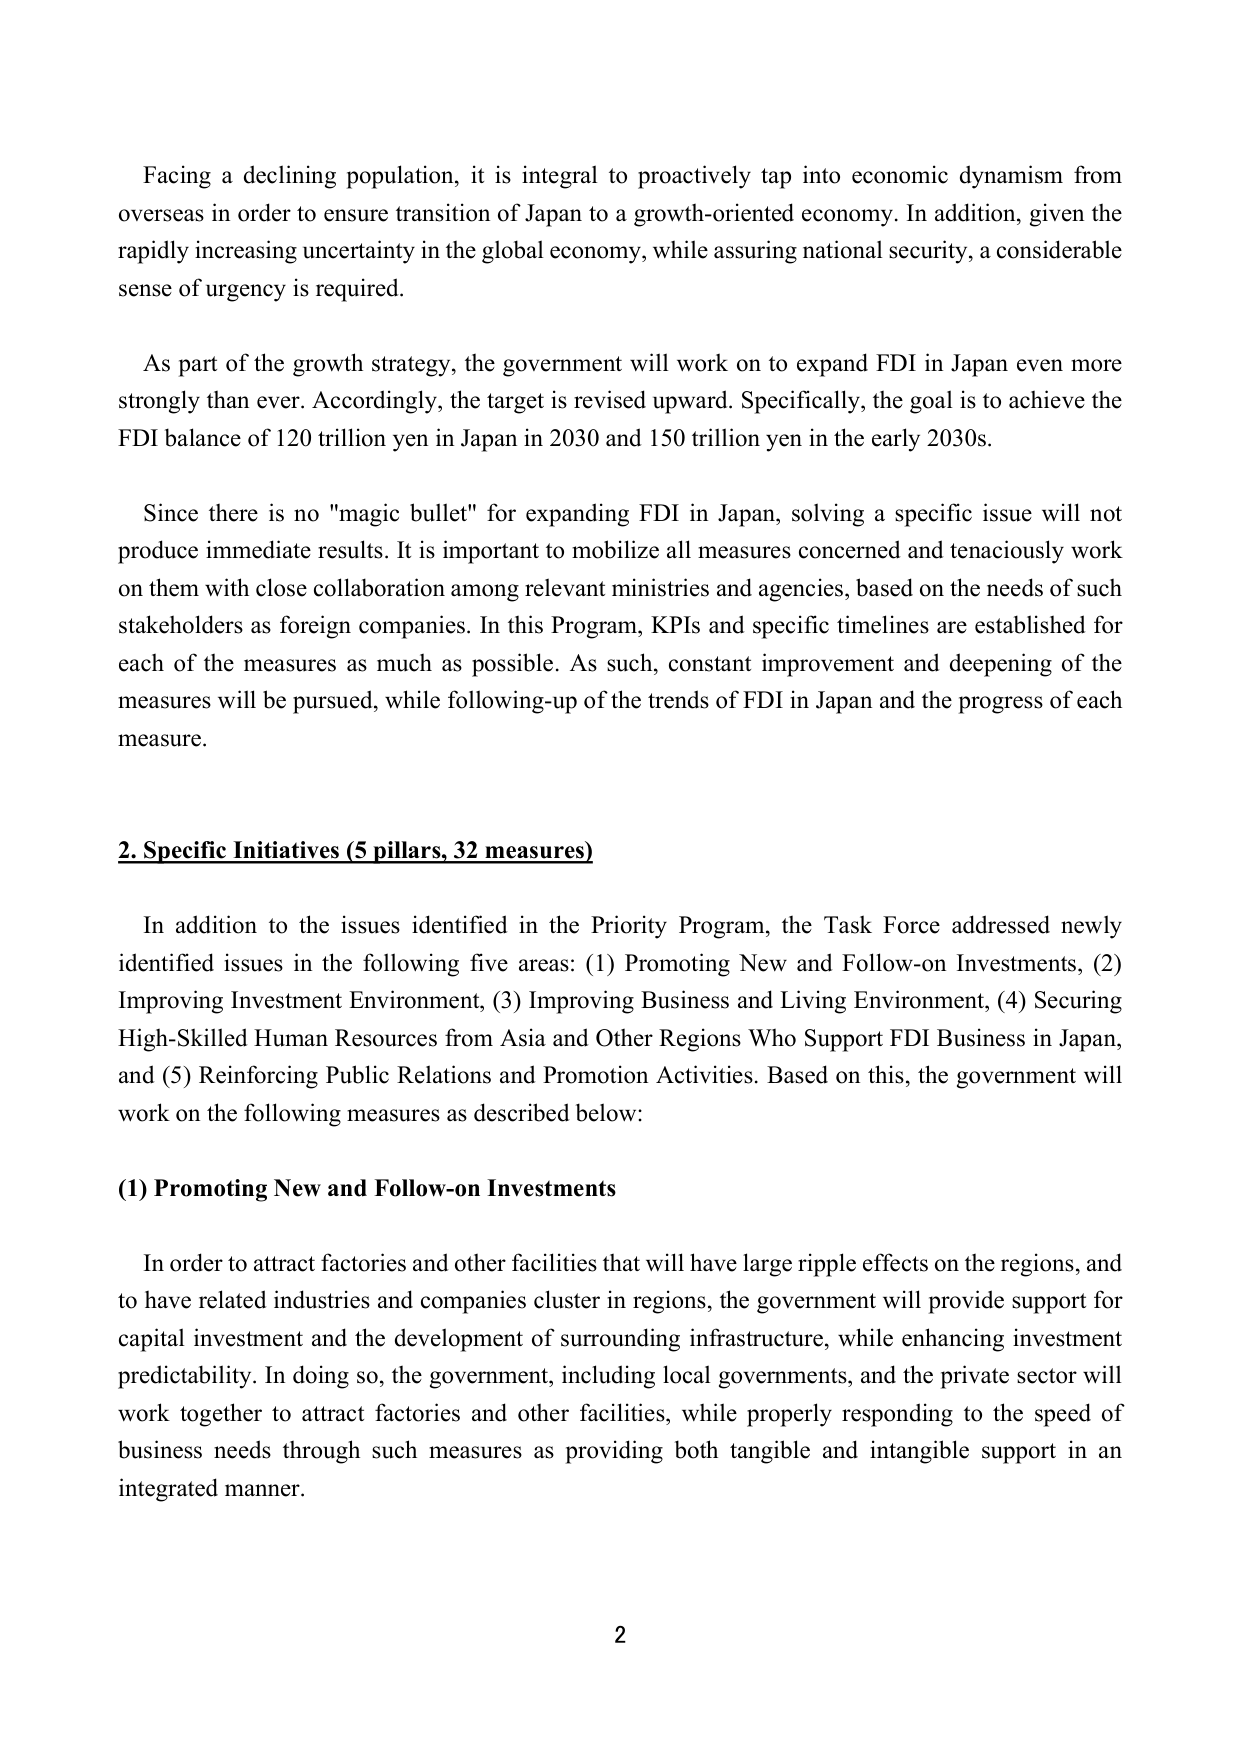
Facing a declining population, it is integral to proactively tap into economic dynamism from overseas in order to ensure transition of Japan to a growth-oriented economy. In addition, given the rapidly increasing uncertainty in the global economy, while assuring national security, a considerable sense of urgency is required.

As part of the growth strategy, the government will work on to expand FDI in Japan even more strongly than ever. Accordingly, the target is revised upward. Specifically, the goal is to achieve the FDI balance of 120 trillion yen in Japan in 2030 and 150 trillion yen in the early 2030s.

Since there is no "magic bullet" for expanding FDI in Japan, solving a specific issue will not produce immediate results. It is important to mobilize all measures concerned and tenaciously work on them with close collaboration among relevant ministries and agencies, based on the needs of such stakeholders as foreign companies. In this Program, KPIs and specific timelines are established for each of the measures as much as possible. As such, constant improvement and deepening of the measures will be pursued, while following-up of the trends of FDI in Japan and the progress of each measure.

2. Specific Initiatives (5 pillars, 32 measures)

In addition to the issues identified in the Priority Program, the Task Force addressed newly identified issues in the following five areas: (1) Promoting New and Follow-on Investments, (2) Improving Investment Environment, (3) Improving Business and Living Environment, (4) Securing High-Skilled Human Resources from Asia and Other Regions Who Support FDI Business in Japan, and (5) Reinforcing Public Relations and Promotion Activities. Based on this, the government will work on the following measures as described below:

(1) Promoting New and Follow-on Investments

In order to attract factories and other facilities that will have large ripple effects on the regions, and to have related industries and companies cluster in regions, the government will provide support for capital investment and the development of surrounding infrastructure, while enhancing investment predictability. In doing so, the government, including local governments, and the private sector will work together to attract factories and other facilities, while properly responding to the speed of business needs through such measures as providing both tangible and intangible support in an integrated manner.

2